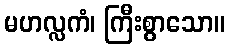
မဟလ္လကံ၊ ကြီးစွာသော။